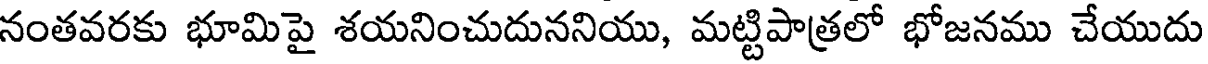
నంతవరకు భూమిపై శయనించుదుననియు, మట్టిపాత్రలో భోజనము చేయుదు